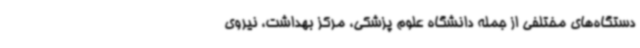
دستگاه‌های مختلفی از جمله دانشگاه علوم پزشکی، مرکز بهداشت، نیروی